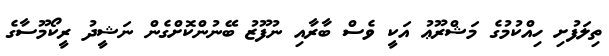
ތިލަފުށި ހިއްކުމުގެ މަޝްރޫޢު އަކީ ވެސް ބާރާއި ނުފޫޒު ބޭނުންކޮށްގެން ނަޝީދު ރީކޯމޫސާގެ